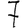
Digit: 7